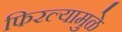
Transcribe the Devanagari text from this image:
फिरल्यामुळे